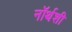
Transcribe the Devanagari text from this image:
नॉर्थशी